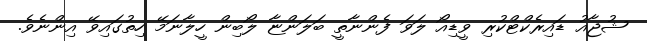
ޝުޖާއު ޑައިރެކްޓްކުރި ވީޑިއޯ ލަވަ ފެންނާތީ ބަލަންޏާ ލޯބިން ހީލާނަމޭ ހިތުގައިވޭ އިންނެވެ.